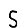
Digit: 5